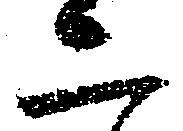
二